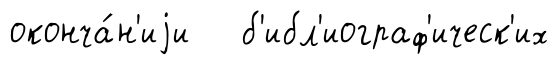
оконча́н'иjи б'ибл'иограф'ическ'их